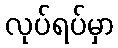
လုပ်ရပ်မှာ